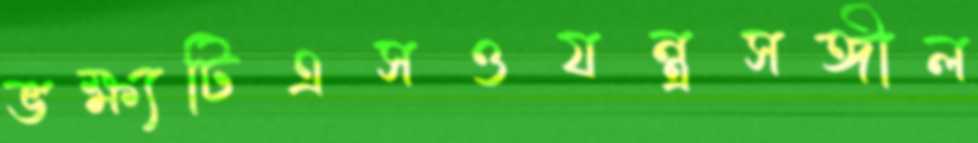
ভক্ষ্যটিএসওযন্ত্রসঙ্গীল